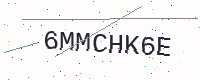
Text: 6MMCHK6E